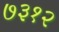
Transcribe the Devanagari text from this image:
७३१२